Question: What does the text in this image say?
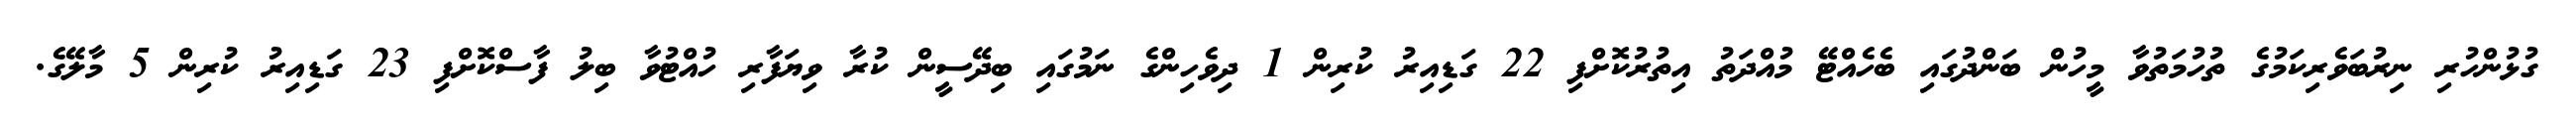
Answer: ގުޅުންހުރި ނިރުބަވެރިކަމުގެ ތުހުމަތުވާ މީހުން ބަންދުގައި ބެހެއްޓޭ މުއްދަތު އިތުރުކޮށްފި 22 ގަޑިއިރު ކުރިން 1 ދިވެހިންގެ ނަމުގައި ބިދޭސީން ކުރާ ވިޔަފާރި ހުއްޓުވާ ބިލު ފާސްކޮށްފި 23 ގަޑިއިރު ކުރިން 5 މާލޭގެ.